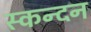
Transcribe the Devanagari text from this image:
स्कन्दन